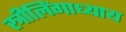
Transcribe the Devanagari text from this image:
स्त्रीलिंगाध्याय